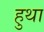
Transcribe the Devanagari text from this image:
हुथा